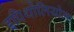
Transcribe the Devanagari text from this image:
इपिथोलियोमा